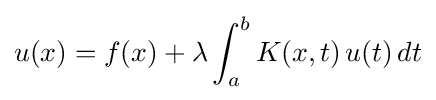
u(x)=f(x)+\lambda \int _{a}^{b}K(x,t)\,u(t)\,dt